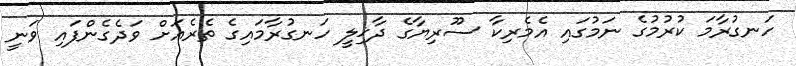
ހަނގުރާމަ ކުރުމުގެ ނަމުގައި އެމެރިކާ ސޫރިޔާގެ ދާޚިލީ ހަނގުރާމައިގެ ތެރެއަށް ވަދެގެންފައި ވަނީ